Lunatic asylums United Provinces 1899-1908 - 1899-1908
Year: 1899
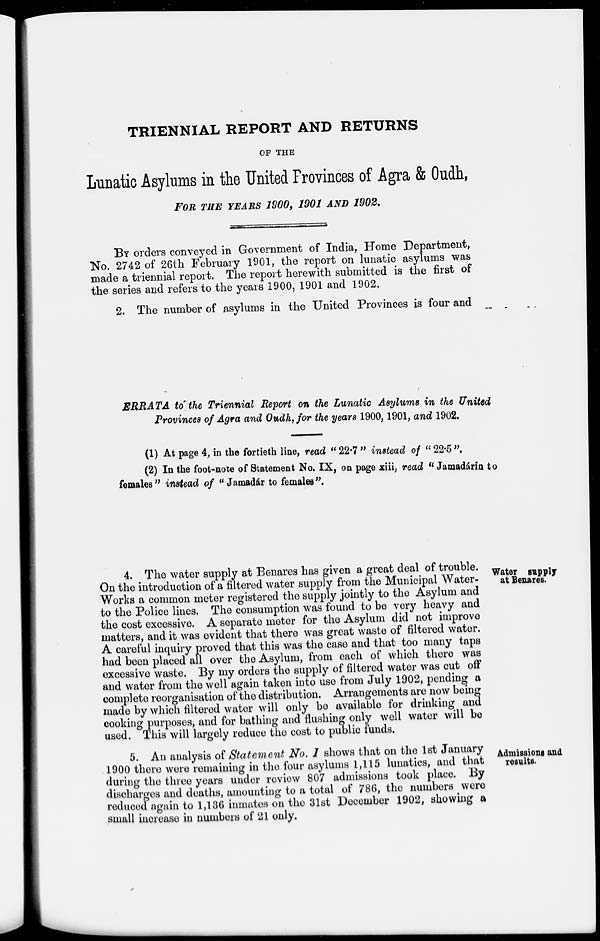
TRIENNIAL REPORT AND RETURNS
OF THE
Lunatic Asylums in the United Provinces of Agra & Oudh,
FOR THE YEARS 1900, 1901 AND 1902.
BY orders conveyed in Government of India, Home Department,
No. 2742 of 26th February 1901, the report on lunatic asylums was
made a triennial report. The report herewith submitted is the first of
the series and refers to the years 1900, 1901 and 1902.
2. The number of asylums in the United Provinces is four and
ERRATA to the Triennial Report on the Lunatic Asylums in the United
Provinces of Agra and Oudh, for the years 1900, 1901, and 1902.
(1) At page 4, in the fortieth line, read "22.7" instead of "22.5".
(2) In the foot-note of Statement No. IX, on page xiii, read "Jamadárin to
females" instead of "Jamdár to females".
Water supply
at Benares.
4. The water supply at Benares has given a great deal of trouble.
On the introduction of a filtered water supply from the Municipal Water-
Works a common meter registered the supply jointly to the Asylum and
to the Police lines. The consumption was found to be very heavy and
the cost excessive. A separate meter for the Asylum did not improve
matters, and it was evident that there was great waste of filtered water.
A careful inquiry proved that this was the case and that too many taps
had been placed all over the Asylum, from each of which there was
excessive waste. By my orders the supply of filtered water was cut off
and water from the well again taken into use from July 1902, pending a
complete reorganisation of the distribution. Arrangements are now being
made by which filtered water will only be available for drinking and
cooking purposes, and for bathing and flushing only well water will be
used. This will largely reduce the cost to public funds.
Admissions and
results.
5. An analysis of Statement No. I shows that on the 1st January
1900 there were remaining in the four asylums 1,115 lunatics, and that
during the three years under review 807 admissions took place. By
discharges and deaths, amounting to a total of 786, the numbers were
reduced again to 1,136 inmates on the 31st December 1902, showing a
small increase in numbers of 21 only.